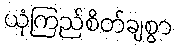
ယုံကြည်စိတ်ချစွာ